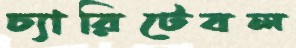
চ্যারিটেবল